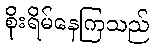
စိုးရိမ်နေကြသည်